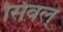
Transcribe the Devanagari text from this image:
सिंवल्